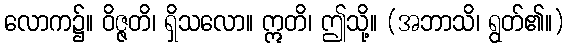
လောက၌။ ဝိဇ္ဇတိ၊ ရှိသလော။ ဣတိ၊ ဤသို့။ (အဘာသိ၊ ရွတ်၏။)